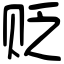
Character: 贬